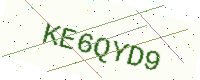
Text: KE6QYD9